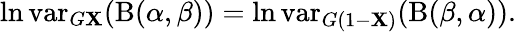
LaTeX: \ln\operatorname{var}_{G\mathbf{X}}(\mathrm{{B}}(\alpha,\beta))=\ln\operatorname{var}_{G(1-\mathbf{X})}(\mathrm{{B}}(\beta,\alpha)).